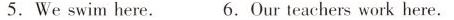
5.Weswim here. 6.Our teachers work here.